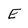
Character: E